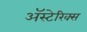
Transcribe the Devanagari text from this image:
अॅस्टेरिक्स